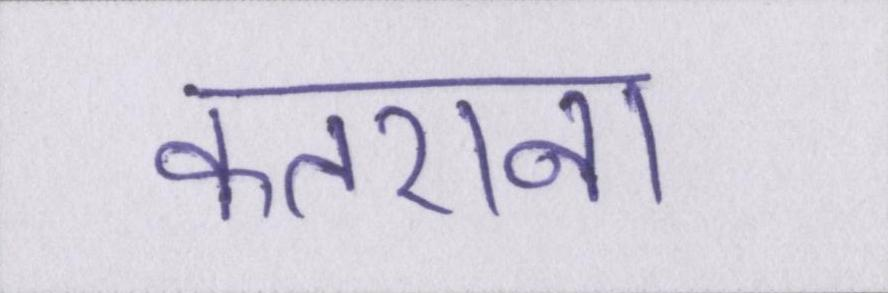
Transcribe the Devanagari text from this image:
कतराना